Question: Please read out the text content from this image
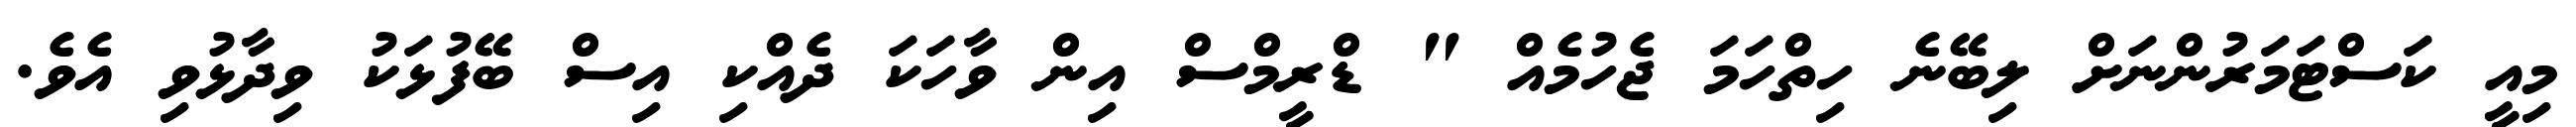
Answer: މިއީ ކަސްޓަމަރުންނަށް ލިބޭނެ ހިތްހަމަ ޖެހުމެއް " ޑްރީމްސް އިން ވާހަކަ ދެއްކި އިސް ބޭފުޅަކު ވިދާޅުވި އެވެ.